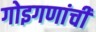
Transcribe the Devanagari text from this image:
गोइगणांची